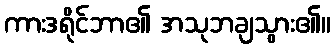
ကားဒရိုင်ဘာ၏ အသုဘချသွား၏။